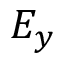
E _ { y }